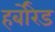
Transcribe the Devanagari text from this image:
हर्बोरेड